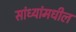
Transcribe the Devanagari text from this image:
सांध्यांमधील